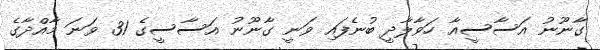
ގާނޫނު އަސާސީއާ ހަވާލާދީ ބުނެފައި ވަނީ ގާނޫނު އަސާސީގެ 31 ވަނަ މާއްދާގެ